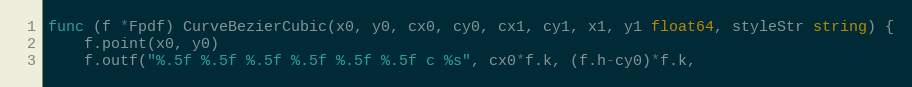
Language: Go
func (f *Fpdf) CurveBezierCubic(x0, y0, cx0, cy0, cx1, cy1, x1, y1 float64, styleStr string) {
	f.point(x0, y0)
	f.outf("%.5f %.5f %.5f %.5f %.5f %.5f c %s", cx0*f.k, (f.h-cy0)*f.k,